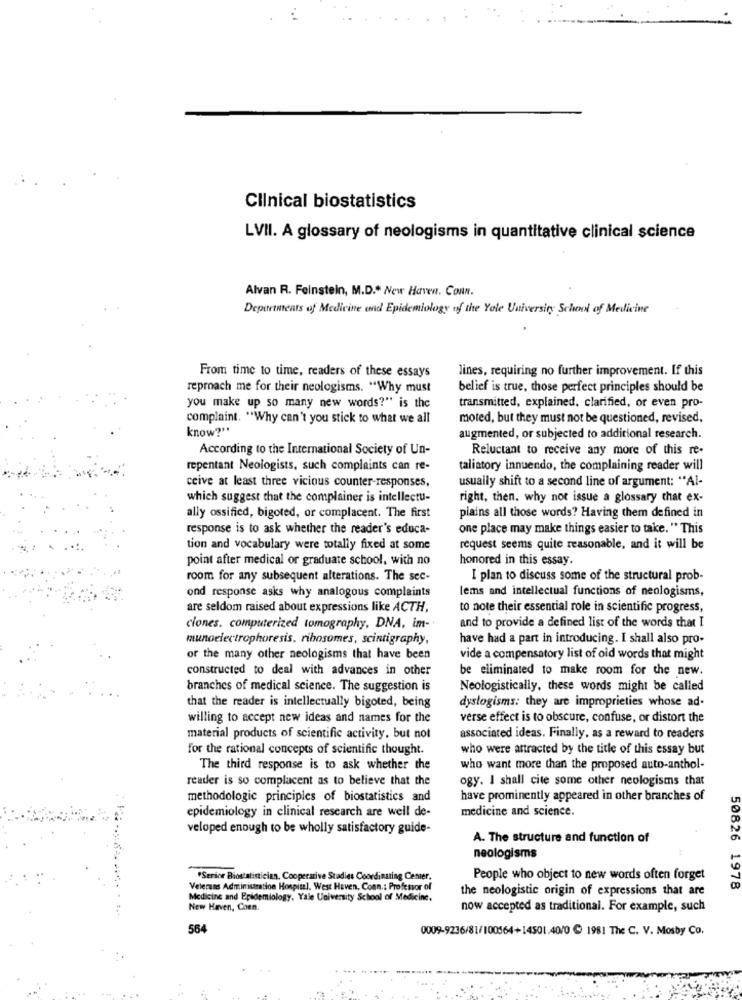
Clinical biostatistics
LVII. A glossary of neologisms in quantitative clinical science
Alvan R. Feinstein, M.D .* New Haven, Conn.
Departments of Medicine and Epidemiology of the Yale University School of Medicine
lines, requiring no further improvement. If this
From time to time, readers of these essays
reproach me for their neologisms. "Why must
belief is true, those perfect principles should be
you make up so many new words?" is the
transmitted, explained, clarified, or even pro-
complaint. "Why can't you stick to what we all
moted, but they must not be questioned, revised.
know?"
augmented, or subjected to additional research.
According to the International Society of Un-
Reluctant to receive any more of this re-
repentant Neologists, such complaints can re-
taliatory innuendo, the complaining reader will
ceive at least three vicious counter-responses,
usually shift to a second line of argument: "Al-
which suggest that the complainer is intellectu-
right, then. why not issue a glossary that ex-
ally ossified, bigoted, or complacent. The first
plains all those words? Having them defined in
response is to ask whether the reader's educa-
one place may make things easier to take. " This
tion and vocabulary were totally fixed at some
request seems quite reasonable, and it will be
point after medical or graduate school, with no
honored in this essay.
room for any subsequent alterations. The sec-
I plan to discuss some of the structural prob-
ond response asks why analogous complaints
lems and intellectual functions of neologisms,
are seldom raised about expressions like ACTH,
to note their essential role in scientific progress,
and to provide a defined list of the words that I
clones. computerized tomography, DNA, im-
munoelectrophoresis, ribosomes, scintigraphy,
have had a part in introducing. I shall also pro-
or the many other neologisms that have been
vide a compensatory list of old words that might
constructed to deal with advances in other
be eliminated to make room for the new.
branches of medical science. The suggestion is
Neologistically, these words might be called
that the reader is intellectually bigoted, being
dyslogisms: they are improprieties whose ad-
willing to accept new ideas and names for the
verse effect is to obscure, confuse, or distort the
material products of scientific activity, but not
associated ideas. Finally, as a reward to readers
for the rational concepts of scientific thought.
who were attracted by the title of this essay but
The third response is to ask whether the
who want more than the proposed auto-anthol-
reader is so complacent as to believe that the
ogy. I shall cite some other neologisms that
methodologie principles of biostatistics and
have prominently appeared in other branches of
medicine and science.
epidemiology in clinical research are well de-
veloped enough to be wholly satisfactory guide-
A. The structure and function of
neologisms
"Serioe Biostatistician, Cooperative Stadies Coordinating Center.
People who object to new words often forget
Veterans Administration Hospital. West Haven, Conn .: Professor of
the neologistic origin of expressions that are
50826 1978
Medicine and Epidemiology, Yale University School of Medicine,
New Haven, Coen.
now accepted as traditional. For example, such
564
0009-9236/81/100564+14501.40/0 @ 1981 The C. V. Mosby Co.